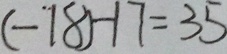
( - 1 8 ) - 1 7 = 3 5